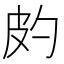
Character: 𤿉